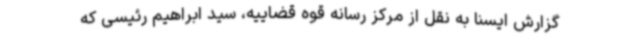
گزارش ایسنا به نقل از مرکز رسانه قوه قضاییه، سید ابراهیم رئیسی که